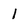
Character: 1